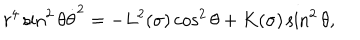
LaTeX: r ^ { 4 } \sin ^ { 2 } { \theta } \dot { \theta } ^ { 2 } = - L ^ { 2 } ( \sigma ) \cos ^ { 2 } { \theta } + K ( \sigma ) \sin ^ { 2 } { \theta } ,